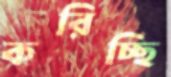
করিচ্ছি